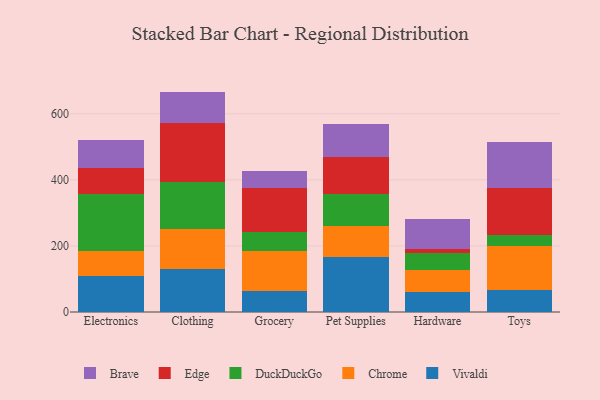
{"axis": {"x": "Category", "y": "Active Users"}, "legend": ["Brave", "Chrome", "DuckDuckGo", "Edge", "Vivaldi"], "data": [{"x": "Electronics", "y": 107.8, "type": "Vivaldi"}, {"x": "Electronics", "y": 77.9, "type": "Chrome"}, {"x": "Electronics", "y": 171.7, "type": "DuckDuckGo"}, {"x": "Electronics", "y": 78.3, "type": "Edge"}, {"x": "Electronics", "y": 85.2, "type": "Brave"}, {"x": "Clothing", "y": 131.3, "type": "Vivaldi"}, {"x": "Clothing", "y": 120.9, "type": "Chrome"}, {"x": "Clothing", "y": 141.8, "type": "DuckDuckGo"}, {"x": "Clothing", "y": 178.1, "type": "Edge"}, {"x": "Clothing", "y": 95.1, "type": "Brave"}, {"x": "Grocery", "y": 62.4, "type": "Vivaldi"}, {"x": "Grocery", "y": 121.7, "type": "Chrome"}, {"x": "Grocery", "y": 58.0, "type": "DuckDuckGo"}, {"x": "Grocery", "y": 132.8, "type": "Edge"}, {"x": "Grocery", "y": 53.2, "type": "Brave"}, {"x": "Pet Supplies", "y": 167.6, "type": "Vivaldi"}, {"x": "Pet Supplies", "y": 92.1, "type": "Chrome"}, {"x": "Pet Supplies", "y": 97.4, "type": "DuckDuckGo"}, {"x": "Pet Supplies", "y": 111.3, "type": "Edge"}, {"x": "Pet Supplies", "y": 100.8, "type": "Brave"}, {"x": "Hardware", "y": 59.2, "type": "Vivaldi"}, {"x": "Hardware", "y": 67.7, "type": "Chrome"}, {"x": "Hardware", "y": 52.0, "type": "DuckDuckGo"}, {"x": "Hardware", "y": 10.5, "type": "Edge"}, {"x": "Hardware", "y": 92.9, "type": "Brave"}, {"x": "Toys", "y": 66.3, "type": "Vivaldi"}, {"x": "Toys", "y": 133.3, "type": "Chrome"}, {"x": "Toys", "y": 33.7, "type": "DuckDuckGo"}, {"x": "Toys", "y": 142.6, "type": "Edge"}, {"x": "Toys", "y": 140.0, "type": "Brave"}]}